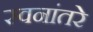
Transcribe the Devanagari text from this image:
स्वनांतरे